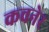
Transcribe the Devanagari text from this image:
कचनेर